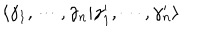
\langle \gamma _ { 1 } , \cdots , \gamma _ { n } | \gamma _ { 1 } ^ { \prime } , \cdots , \gamma _ { n } ^ { \prime } \rangle